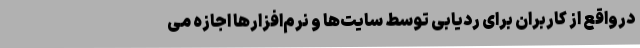
درواقع از کاربران برای ردیابی توسط سایت‌ها و نرم‌افزارها اجازه می